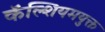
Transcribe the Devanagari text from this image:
कॅल्शियमयुक्त